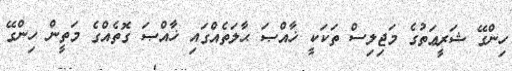
ހިންގޭ ޝަރީޢަތުގެ މަޖިލިސް ތަކަކީ ޚާއްޞަ ޙާލަތެއްގައި ޚާއްޞަ ގޮތެއްގެ މަތީން ހިންގޭ